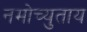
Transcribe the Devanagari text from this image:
नमोच्युताय